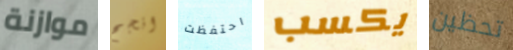
موازنة انجح احتفظت يكسب تحظين